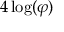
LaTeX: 4 \log ( \varphi )